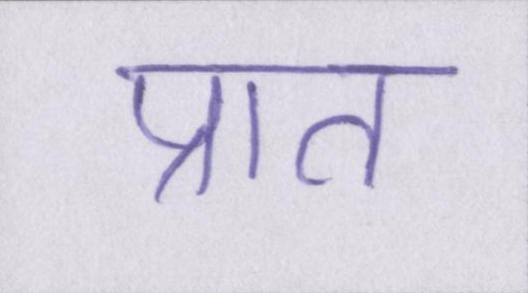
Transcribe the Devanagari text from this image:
प्रात